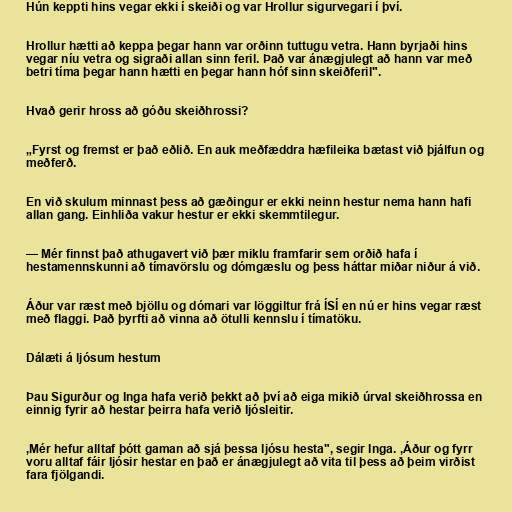
Hún keppti hins vegar ekki í skeiði og var Hrollur sigurvegari í því.

Hrollur hætti að keppa þegar hann var orðinn tuttugu vetra. Hann byrjaði hins
vegar níu vetra og sigraði allan sinn feril. Það var ánægjulegt að hann var með
betri tíma þegar hann hætti en þegar hann hóf sinn skeiðferil".

Hvað gerir hross að góðu skeiðhrossi?

„Fyrst og fremst er það eðlið. En auk meðfæddra hæfileika bætast við þjálfun og
meðferð.

En við skulum minnast þess að gæðingur er ekki neinn hestur nema hann hafi
allan gang. Einhliða vakur hestur er ekki skemmtilegur.

— Mér finnst það athugavert við þær miklu framfarir sem orðið hafa í
hestamennskunni að tímavörslu og dómgæslu og þess háttar miðar niður á við.

Áður var ræst með bjöllu og dómari var löggiltur frá ÍSÍ en nú er hins vegar ræst
með flaggi. Það þyrfti að vinna að ötulli kennslu í tímatöku.

Dálæti á ljósum hestum

Þau Sigurður og Inga hafa verið þekkt að því að eiga mikið úrval skeiðhrossa en
einnig fyrir að hestar þeirra hafa verið Ijósleitir.

,Mér hefur alltaf þótt gaman að sjá þessa ljósu hesta", segir Inga. ,Áður og fyrr
voru alltaf fáir Ijósir hestar en það er ánægjulegt að vita til þess að þeim virðist
fara fjölgandi.